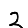
Digit: 2